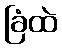
ခြံထဲ